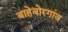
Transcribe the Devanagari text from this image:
बाहेबोरगांव